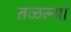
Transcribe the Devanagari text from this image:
तळल्या